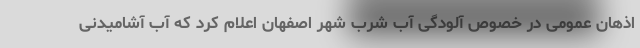
اذهان عمومی در خصوص آلودگی آب شرب شهر اصفهان اعلام کرد که آّب آشامیدنی